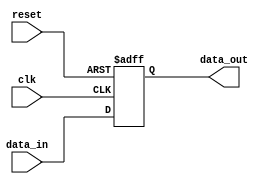
module AsyncResetExample (
    input wire clk,          // Clock input
    input wire reset,        // Asynchronous reset input (active high)
    input wire [7:0] data_in,// Example input signal
    output reg [7:0] data_out // Example output signal
);

// Reset state definition
parameter RESET_STATE = 8'b00000000; // Define the reset state

// Always block with sensitivity to reset and clock
always @(posedge clk or posedge reset) begin
    if (reset) begin
        // Asynchronous reset: set output to reset state
        data_out <= RESET_STATE;
    end else begin
        // Normal operation: update output based on input
        data_out <= data_in; // Example operation (can be changed as needed)
    end
end

endmodule